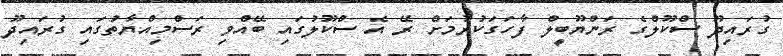
ގުރައިދޫ ސްކޫލްގެ ރަންޔޫބީލް ފާހަގަކުރުމަށް ރޭ އެ ސްކޫލުގައި ބޭއްވި ރަސްމިއްޔާތުގައި ގުރައިދޫ